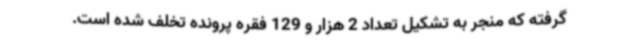
گرفته که منجر به تشکیل تعداد 2 هزار و 129 فقره پرونده تخلف شده است.